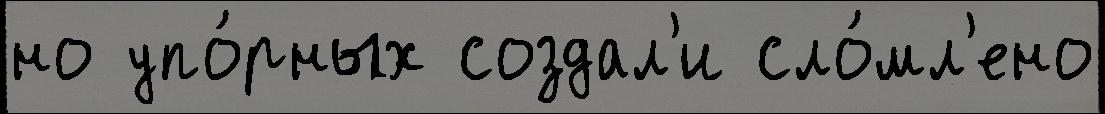
но упо́рных создал'и сло́мл'ено